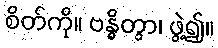
စိတ်ကို။ ဗန္ဓိတွာ၊ ဖွဲ့၍။